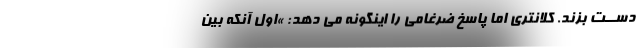
دســت بزند. کلانتری اما پاسخ ضرغامی را اینگونه می دهد: »اول آنکه بین